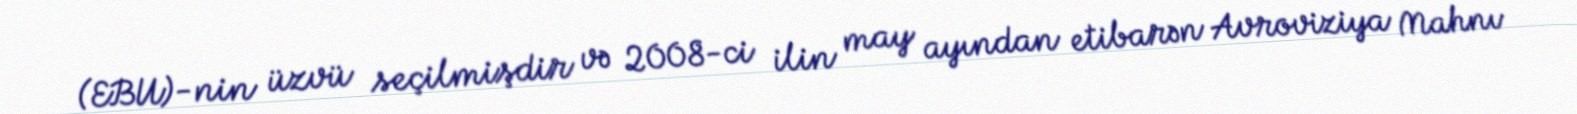
(EBU)-nin üzvü seçilmişdir və 2008-ci ilin may ayından etibarən Avroviziya Mahnı